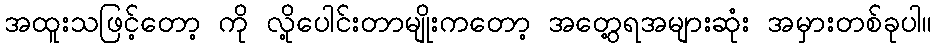
အထူးသဖြင့်တော့ ကို လို့ပေါင်းတာမျိုးကတော့ အတွေ့ရအများဆုံး အမှားတစ်ခုပါ။